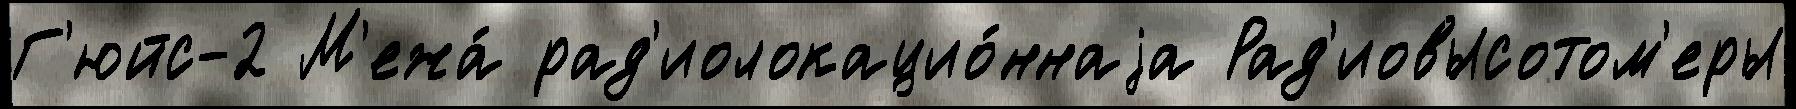
Г'юйс-2 М'ежа́ рад'иолокацио́ннаjа Рад'иовысотом'еры